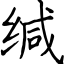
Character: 缄